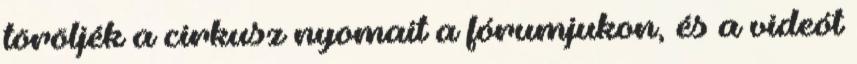
töröljék a cirkusz nyomait a fórumjukon, és a videót